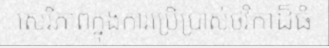
សេរីភាពក្នុងការប្រើប្រាស់ថវិកាដ៏ធំ